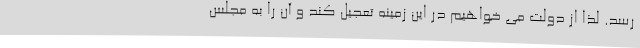
رسد. لذا از دولت می خواهیم در این زمینه تعجیل کند و آن را به مجلس